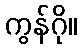
ကွန်ဂို။